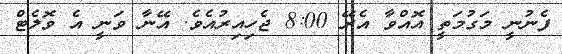
ފެނުނީ މަގުމަތީ އޮއްވާ އެރޭ 8:00 ޖެހިއިރުއެވެ. އޭނާ ވަނީ އެ ވޮލެޓް